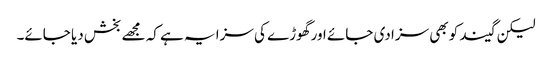
لیکن گیند کو بھی سزا دی جائے اور گھوڑے کی سزا یہ ہے کہ مجھے بخش دیا جائے۔